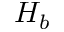
H _ { b }